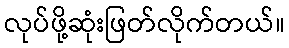
လုပ်ဖို့ဆုံးဖြတ်လိုက်တယ်။